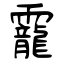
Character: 靇